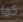
كما